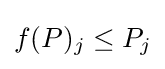
f(P)_{j}\leq P_{j}